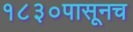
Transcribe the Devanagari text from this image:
१८३०पासूनच